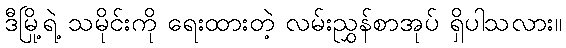
ဒီမြို့ရဲ့ သမိုင်းကို ရေးထားတဲ့ လမ်းညွှန်စာအုပ် ရှိပါသလား။